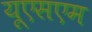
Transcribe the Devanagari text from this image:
यूएसएम